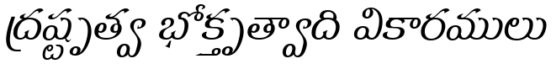
ద్రష్టృత్వ భోక్తృత్వాది వికారములు